Alatskivi_vallavalitsus_et, lk 205
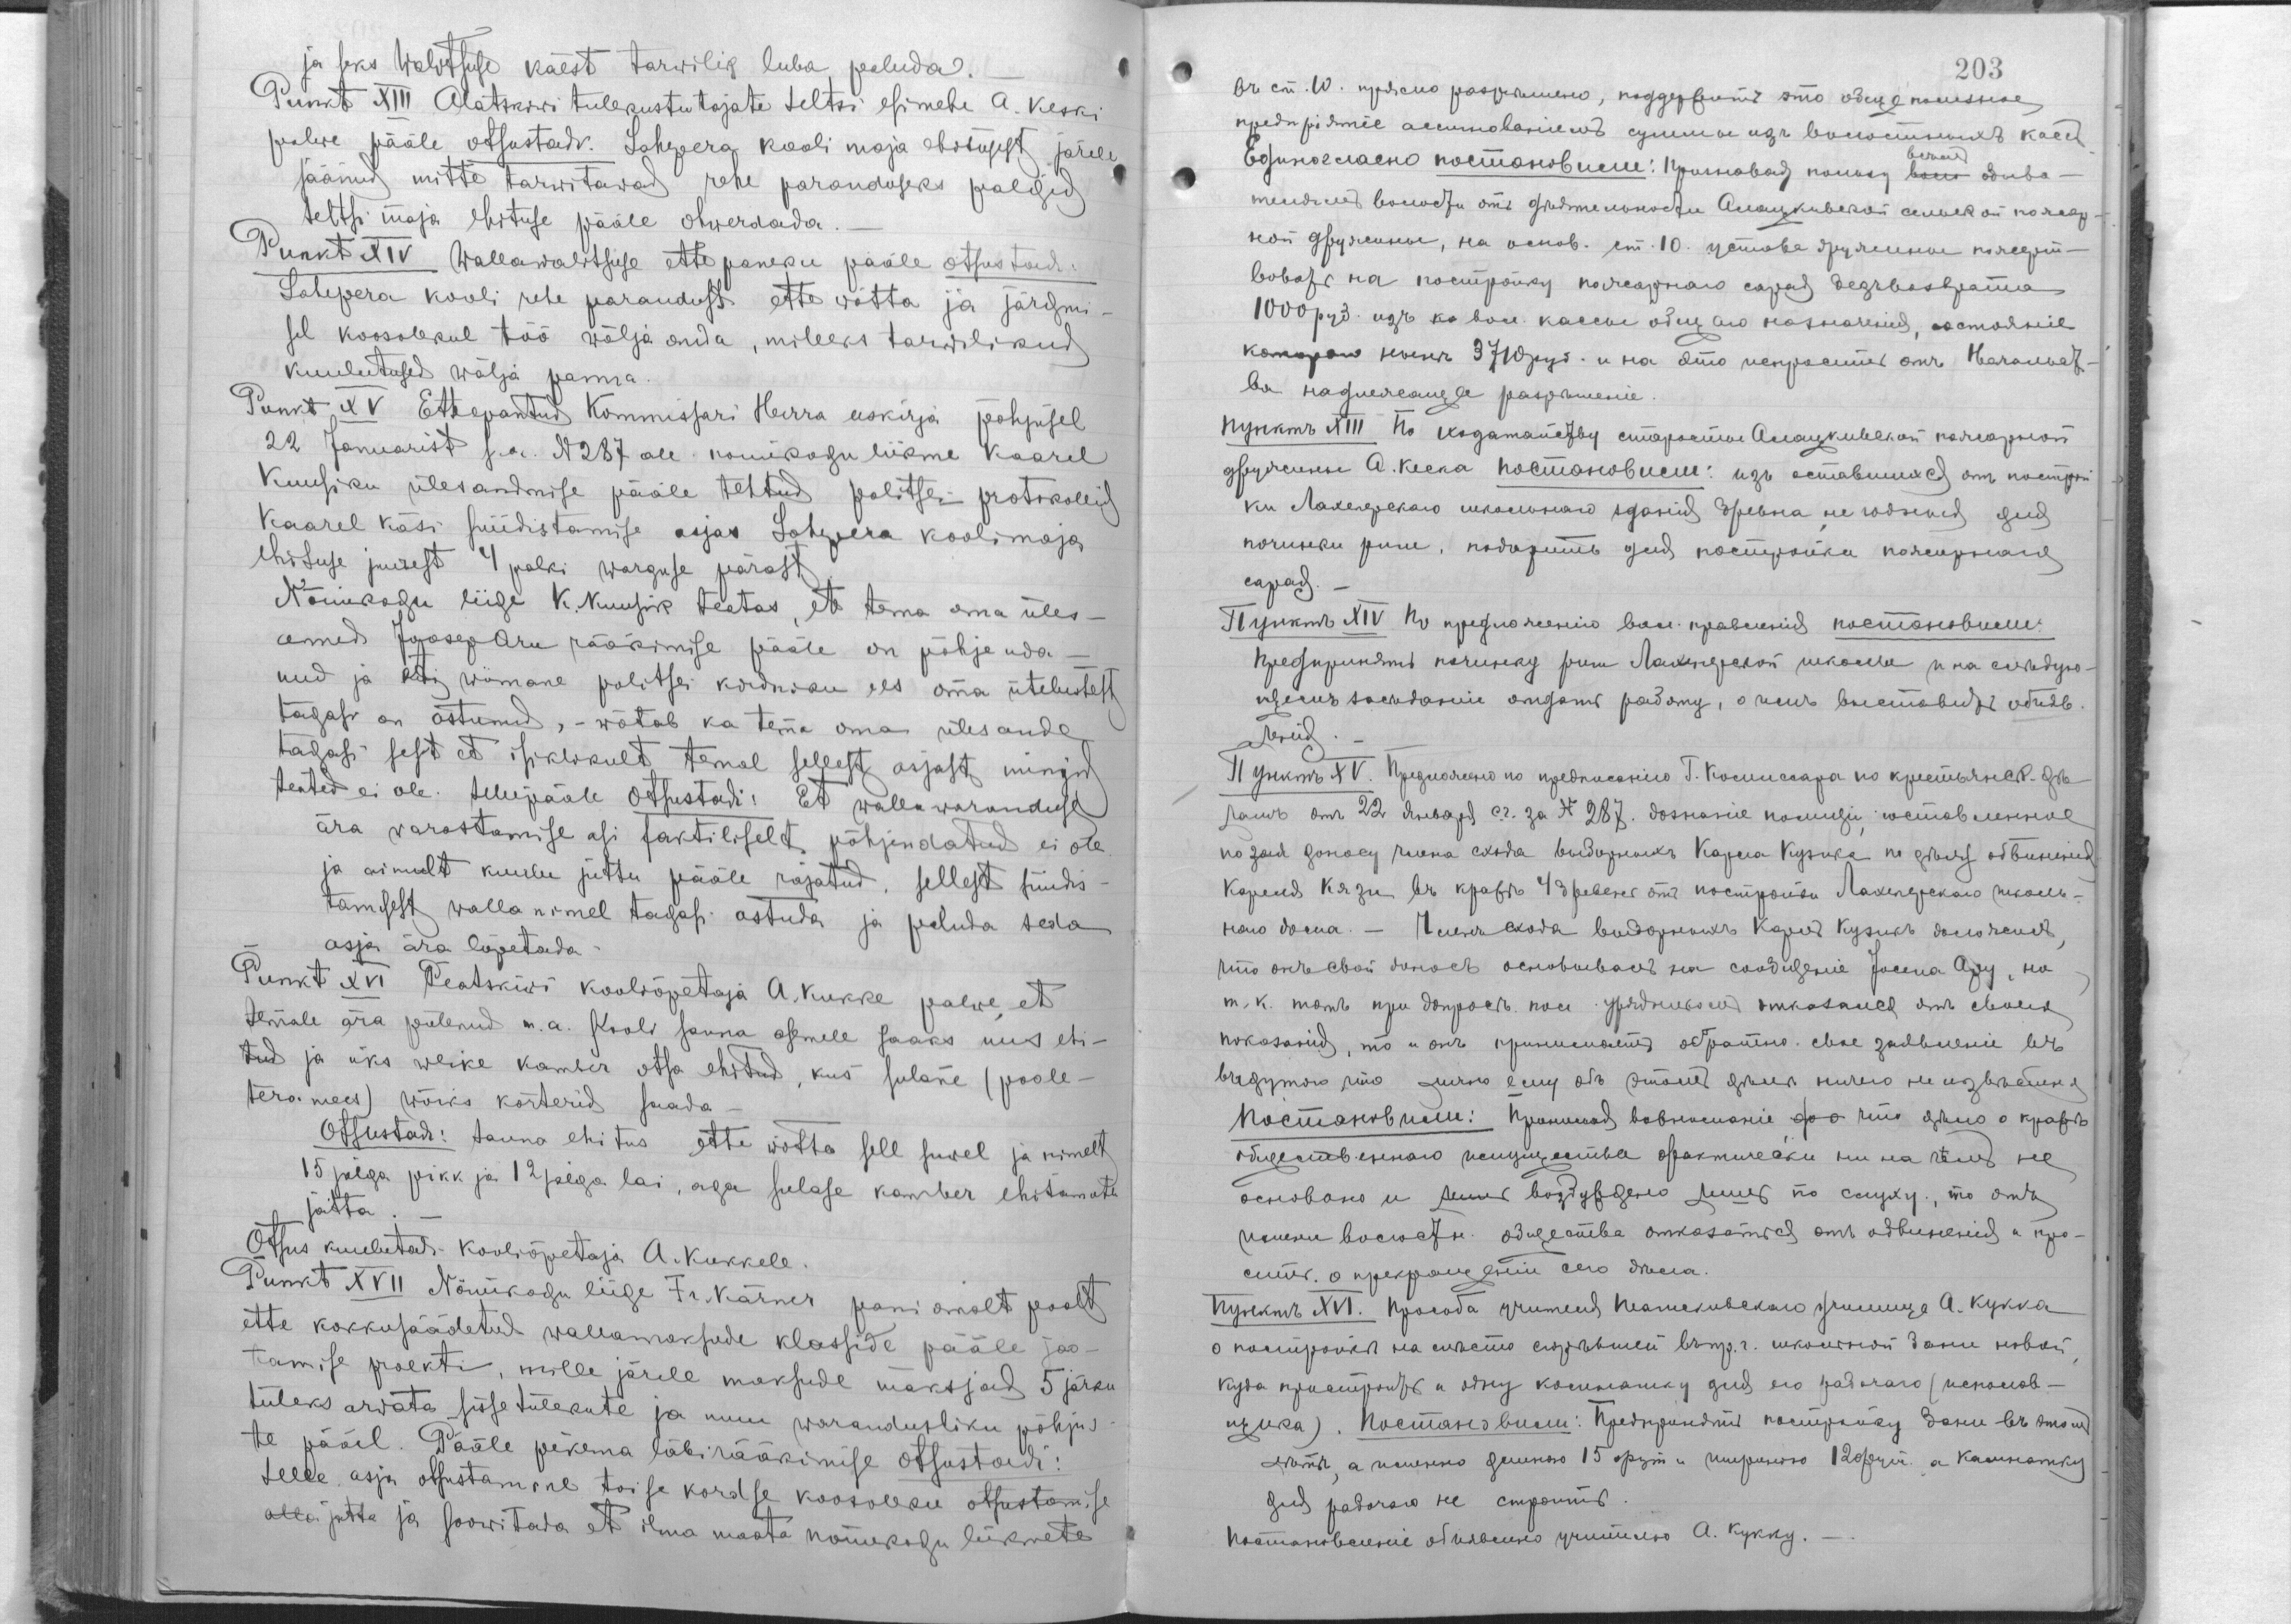
ja seks Walitsuse kaest tarvillik luba paluda.
Punkt XIII Alatskiwi tulekustutajate Seltsi esimehe A. Keski
palwe pääle otsustadi Lahepera kooli maja ehitusest järele
jäänud mitte tarwitatawad rehe paranduseks  palgid
Seltsi maja ehituse pääle ohwerdada.-
Punkt XIV Wallawalitsuse ettepaneku pääle otsustadi
Lahepera kooli rehe paradust ette wõtta ja järgmi-
sel koosolekul töö wälja anda, milleks tarwilikud
kuulutused wälja panna.
Punkt XV Ettepantud Kommisari Herra eeskirja põhjusel
22 Jaanuarist s.a. N 287 all nõuukogu liikme Kaarel
Kuusiku ülesandmise pääle tehtud politsei protokollid
Kaarel Käsi süüdistamise asjas Lahepera koolimaja
ehituse järele 4 palki warguse pärast.
Nõuukogu liige K. Nuusik teatas, et tema oma üles-
anned Joosep Aru rääkimise pääle on põhjenda
nud ja kui wiimane politsei kordniku ees oma ütelustest
tagasi on astunud,- wõtab ka tema oma ülesande
tagasi sest et isiklikult temal sellest asjast mingid
teated ei ole. Sellepääle Otsustadi: Et wallawaranduse
ära warastamise asi faktiliselt põhjendatud ei ole
ja ainult kuulu juttu pääle rajatud. Sellest süüdis-
tamisest walla nimel tagasi astuda ja paluda seda
asja ära lõpetada.
Punkt XVI Peatskiwi kooliõpetaja A. Kukke palwe, et
temale ära põlenud m.a. Kooli sauna asemel saaks uus ehi-
tud ja üks weike kamber otsa ehitud, kus sulane (poole-
tera mees) wõiks korterid saada
Otsustadi: Sauna ehitus ette wõtta seLl suwel ja nimelt
15 jalga pikk ja 12 jalga lai, aga sulase kamber ehitamata
jätta.-
Otsus kuulutadi kooliõpetaja A. Kukkele.
Punkt XVII Nõuukogu liige Fr. Kärner pani omalt poolt
ette kokkusäädetud wallamaksude klasside pääl jao-
tamise proekti, mille järele maksude maksjad 5 järku
tuleks arwata sisse tulekute ja muu warandusliku põhjus-
te pääl. Pääle pikema läbirääkimise otsustadi:
Selle asja otsustamine toise kordse koosoleku otsustamise
alla jätta ja soowitada et ilma maata nõuukogu liikmete